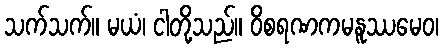
သက်သက်။ မယံ၊ ငါတို့သည်။ ဝိစရဏကမနူဿမေဝ၊